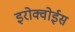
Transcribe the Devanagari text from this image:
इरोक्वोईस